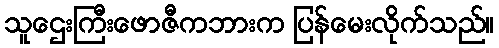
သူဌေးကြီးဖောဇီကဘားက ပြန်မေးလိုက်သည်။